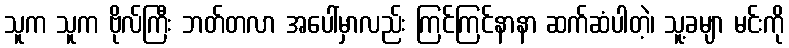
သူက သူက ဗိုလ်ကြီး ဘတ်တလာ အပေါ်မှာလည်း ကြင်ကြင်နာနာ ဆက်ဆံပါတဲ့၊ သူ့ခမျာ မင်းကို